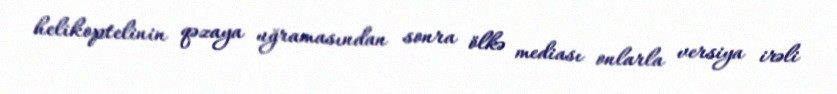
helikoptelinin qəzaya uğramasından sonra ölkə mediası onlarla versiya irəli